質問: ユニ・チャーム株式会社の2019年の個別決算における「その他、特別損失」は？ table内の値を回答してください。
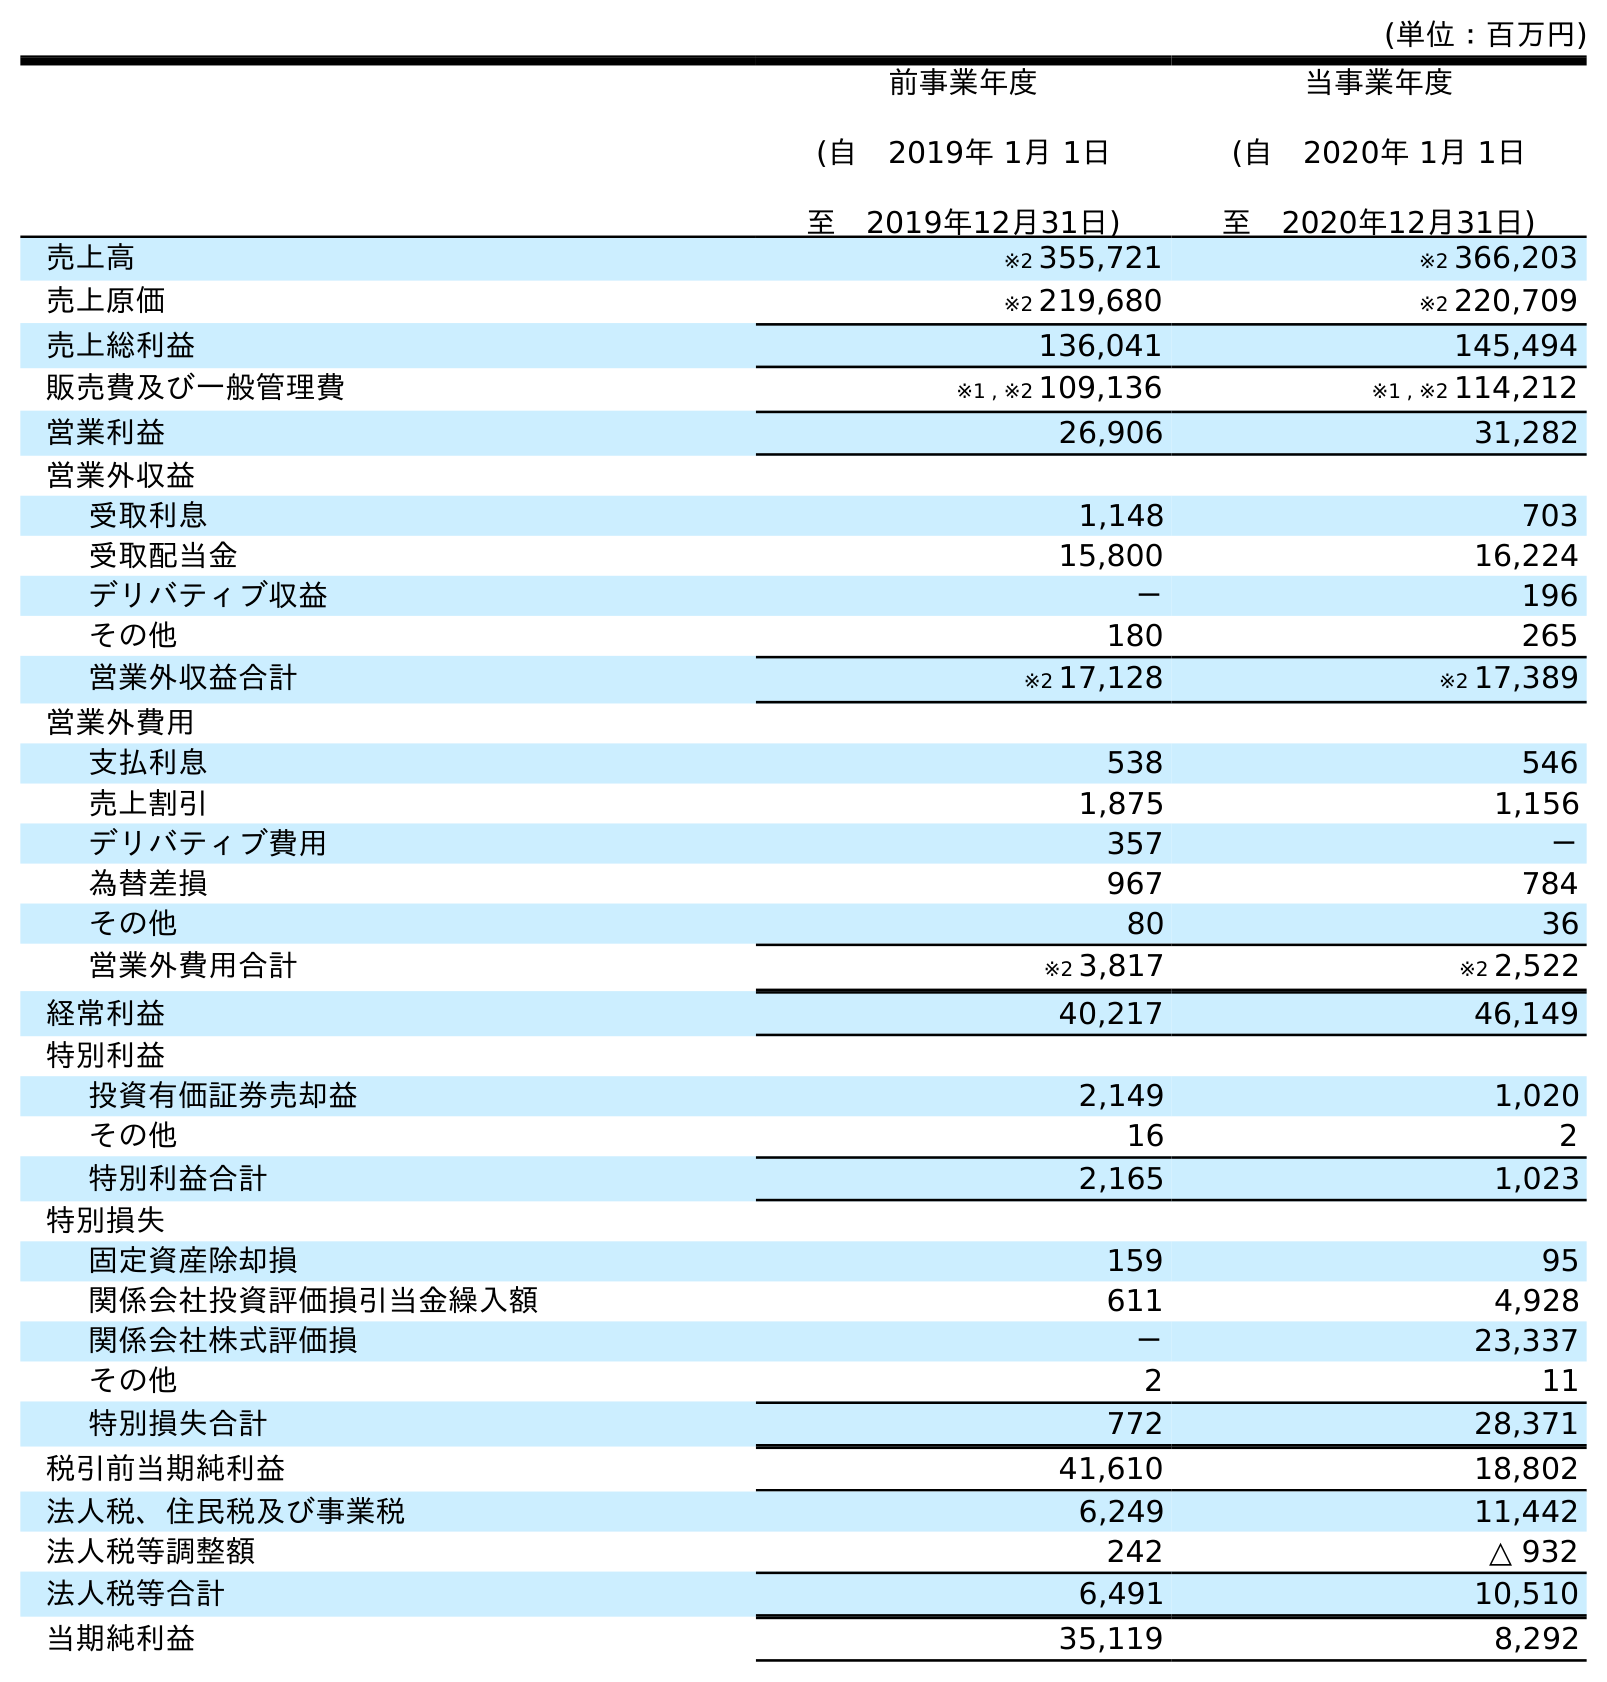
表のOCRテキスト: (単位：百万円) 前事業年度 (自 2019年 1月 1日 至 2019年12月31日) 当事業年度 (自 2020年 1月 1日 至 2020年12月31日) 売上高 ※2 355,721 ※2 366,203 売上原価 ※2 219,680 ※2 220,709 売上総利益 136,041 145,494 販売費及び一般管理費 ※1 , ※2 109,136 ※1 , ※2 114,212 営業利益 26,906 31,282 営業外収益 受取利息 1,148 703 受取配当金 15,800 16,224 デリバティブ収益 － 196 その他 180 265 営業外収益合計 ※2 17,128 ※2 17,389 営業外費用 支払利息 538 546 売上割引 1,875 1,156 デリバティブ費用 357 － 為替差損 967 784 その他 80 36 営業外費用合計 ※2 3,817 ※2 2,522 経常利益 40,217 46,149 特別利益 投資有価証券売却益 2,149 1,020 その他 16 2 特別利益合計 2,165 1,023 特別損失 固定資産除却損 159 95 関係会社投資評価損引当金繰入額 611 4,928 関係会社株式評価損 － 23,337 その他 2 11 特別損失合計 772 28,371 税引前当期純利益 41,610 18,802 法人税、住民税及び事業税 6,249 11,442 法人税等調整額 242 △ 932 法人税等合計 6,491 10,510 当期純利益 35,119 8,292
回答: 2